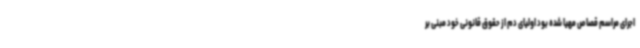
اجرای مراسم قصاص مهیا شده بود اولیای دم از حقوق قانونی خود مبنی بر